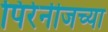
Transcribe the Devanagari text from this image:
पिरेनीजच्या